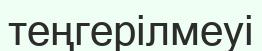
теңгерілмеуі